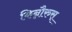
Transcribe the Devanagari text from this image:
किन्नौरुस्